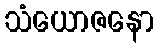
သံယောဇနော